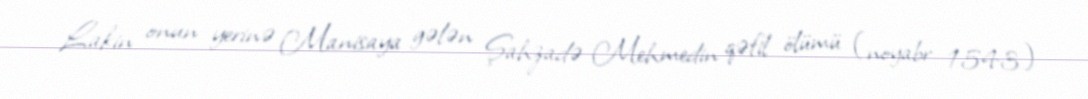
Lakin onun yerinə Manisaya gələn Şahzadə Mehmedin qəfil ölümü (noyabr 1543)